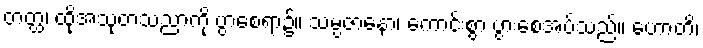
တတ္ထ၊ ထိုအသုတသညာကို ပွာစေရာ၌။ သမ္ပဇာနော၊ ကောင်းစွာ ပွားစေအပ်သည်။ ဟောတိ၊